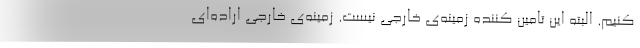
کنیم. البته این تامین کننده زمینه‌ی خارجی نیست. زمینه‌ی خارجی اراده‌ای